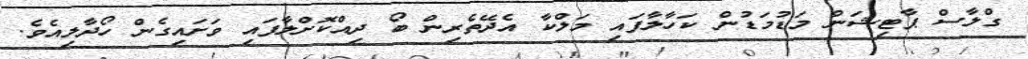
ގްލާސް ޕާޓިޝަން މަޑުމަޑުން ކަހާލާފައި މަލްކާ އެދޭތެރިން ބޯ ދިއްކޮށްލާފައި ވަށައިގެން ހޯދާލިއެވެ.